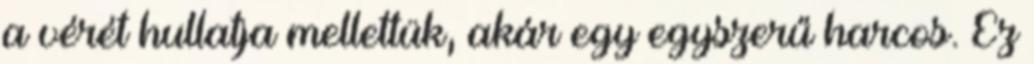
a vérét hullatja mellettük, akár egy egyszerű harcos. Ez